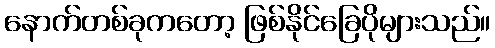
နောက်တစ်ခုကတော့ ဖြစ်နိုင်ခြေပိုများသည်။